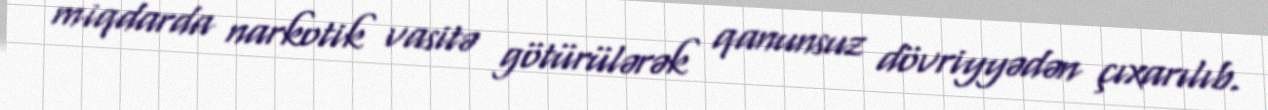
miqdarda narkotik vasitə götürülərək qanunsuz dövriyyədən çıxarılıb.